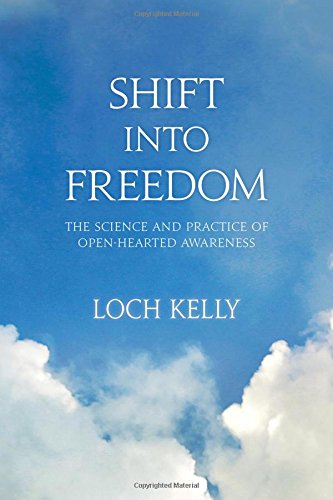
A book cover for Shift into Freedom: The Science and Practice of Open-Hearted Awareness; Loch Kelly; Health, Fitness & Dieting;